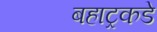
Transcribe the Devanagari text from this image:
बहाट्रकडे